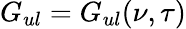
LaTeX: G_{ul}=G_{ul}(\nu,\tau)